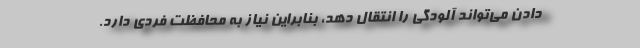
دادن می‌تواند آلودگی را انتقال دهد، بنابراین نیاز به محافظت فردی دارد.